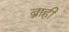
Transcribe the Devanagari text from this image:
ब्राही